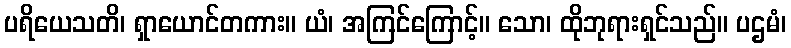
ပရိယေသတိ၊ ရှာယောင်တကား။ ယံ၊ အကြင်ကြောင့်။ သော၊ ထိုဘုရားရှင်သည်။ ပဌမံ၊